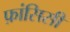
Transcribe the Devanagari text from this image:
फ़ांसिसी